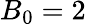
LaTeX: B_{0}=2